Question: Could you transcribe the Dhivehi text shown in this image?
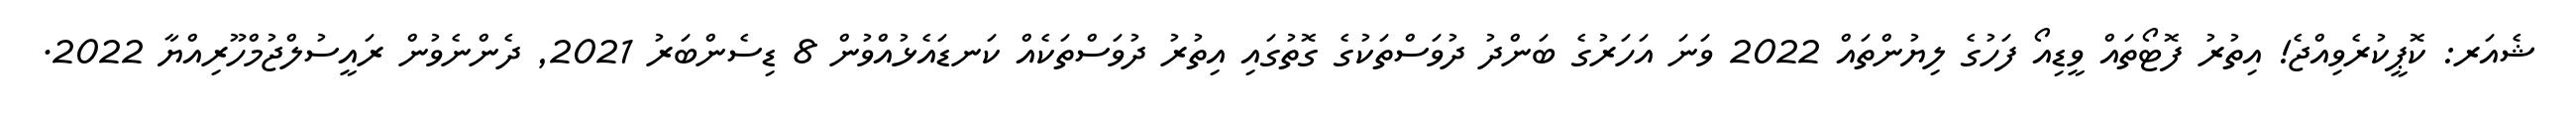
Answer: ޝެއަރ: ކޮޕީކުރެވިއްޖެ! އިތުރު ފޮޓޯތައް ވީޑިއޯ ފަހުގެ ލިޔުންތައް 2022 ވަނަ އަހަރުގެ ބަންދު ދުވަސްތަކުގެ ގޮތުގައި އިތުރު ދުވަސްތަކެއް ކަނޑައެޅުއްވުން 8 ޑިސެންބަރު 2021, ދެންނެވުން ރައީސުލްޖުމްހޫރިއްޔާ 2022.